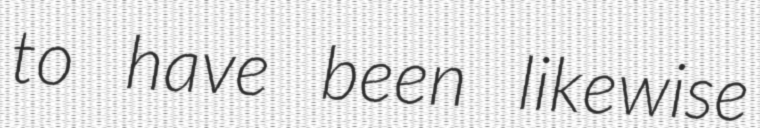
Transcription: to have been likewise